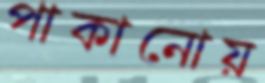
পাকানোয়